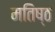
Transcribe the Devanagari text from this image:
मतिष्ठ